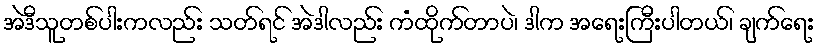
အဲဒီသူတစ်ပါးကလည်း သတ်ရင် အဲဒါလည်း ကံထိုက်တာပဲ၊ ဒါက အရေးကြီးပါတယ်၊ ချက်ရေး